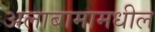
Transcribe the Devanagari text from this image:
अलाबामामधील